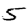
Digit: 5